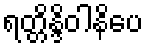
ရတ္တိန္ဒိဝါနိပေ